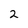
Character: 2